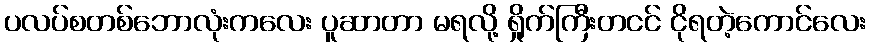
ပလပ်စတစ်ဘောလုံးကလေး ပူဆာတာ မရလို့ ရှိုက်ကြီးတငင် ငိုရတဲ့ကောင်လေး